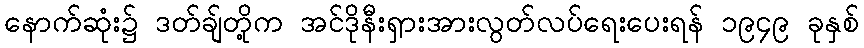
နောက်ဆုံး၌ ဒတ်ချ်တို့က အင်ဒိုနီးရှားအားလွတ်လပ်ရေးပေးရန် ၁၉၄၉ ခုနှစ်